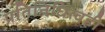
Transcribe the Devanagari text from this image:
प्रतिनिधित्वही